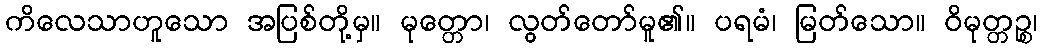
ကိလေသာဟူသော အပြစ်တို့မှ။ မုတ္တော၊ လွတ်တော်မူ၏။ ပရမံ၊ မြတ်သော။ ဝိမုတ္တဉ္စ၊